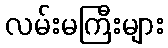
လမ်းမကြီးများ